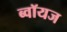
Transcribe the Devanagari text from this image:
ब्‍वॉयज